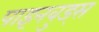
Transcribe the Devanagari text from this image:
पाइनवुड्स